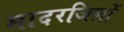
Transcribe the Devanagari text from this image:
मादरजिलों